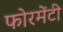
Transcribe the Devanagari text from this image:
फोरमेंटी